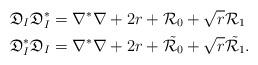
LaTeX: \begin{align*} &\mathfrak{D}_I \mathfrak{D}_I ^*= \nabla^* \nabla +2r +\mathcal{R}_0 + \sqrt{r} \mathcal{R}_1 \\&\mathfrak{D}_I ^* \mathfrak{D}_I = \nabla^* \nabla +2r +\tilde{\mathcal{R}_0} + \sqrt{r} \tilde{ \mathcal{R}_1}.\end{align*}